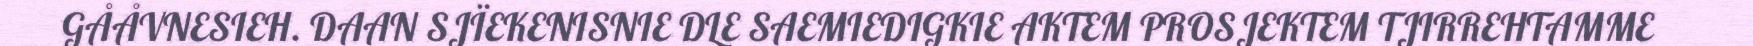
GÅÅVNESIEH. DAAN SJÏEKENISNIE DLE SAEMIEDIGKIE AKTEM PROSJEKTEM TJIRREHTAMME